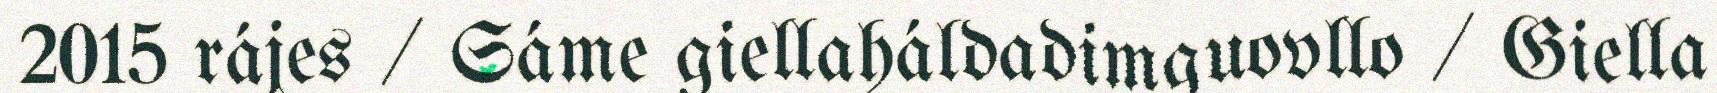
2015 rájes / Sáme giellaháldadimguovllo / Giella